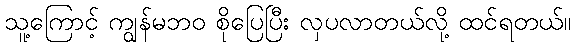
သူ့ကြောင့် ကျွန်မဘဝ စိုပြေပြီး လှပလာတယ်လို့ ထင်ရတယ်။